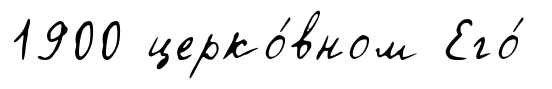
1900 церко́вном Его́